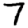
Digit: 7